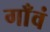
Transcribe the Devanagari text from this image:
गाँवं